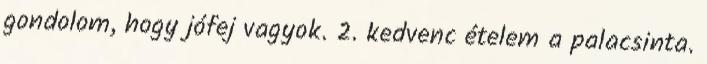
gondolom, hogy jófej vagyok. 2. kedvenc ételem a palacsinta.